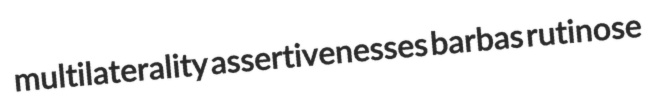
multilaterality assertivenesses barbas rutinose